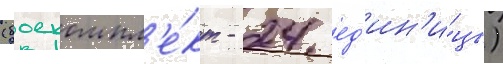
(боекомпл'е́кт - 24 ед'ин'и́цы)